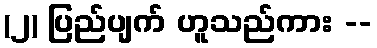
(၂) ပြည်ပျက် ဟူသည်ကား --